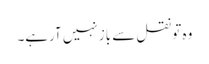
وہ تو نقل سے باز نہیں آرہے۔